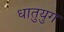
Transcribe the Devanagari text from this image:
धातुयुग